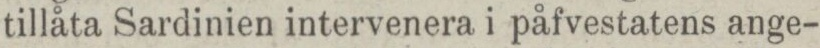
tillåta Sardinien intervenera i påfvestatens ange-